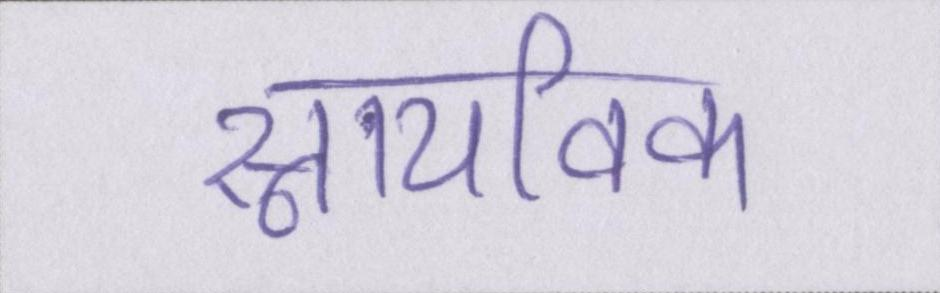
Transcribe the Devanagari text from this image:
स्नायविक